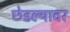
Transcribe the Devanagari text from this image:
छेडल्यावर